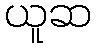
ယူဆ